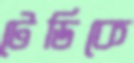
টেডিকে